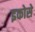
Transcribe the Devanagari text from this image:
इकोसे